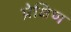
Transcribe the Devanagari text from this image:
प्रेक्षिण